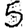
Digit: 5